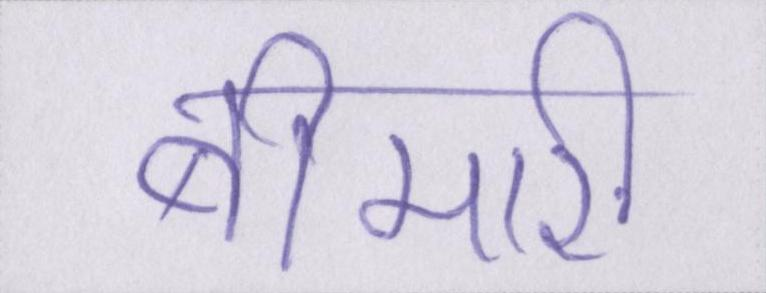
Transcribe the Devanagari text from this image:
बीमारी